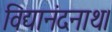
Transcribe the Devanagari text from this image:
विद्यानंदनाथ।